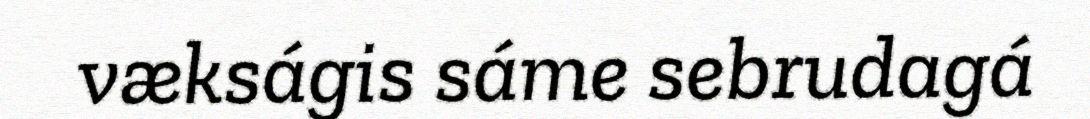
vækságis sáme sebrudagá